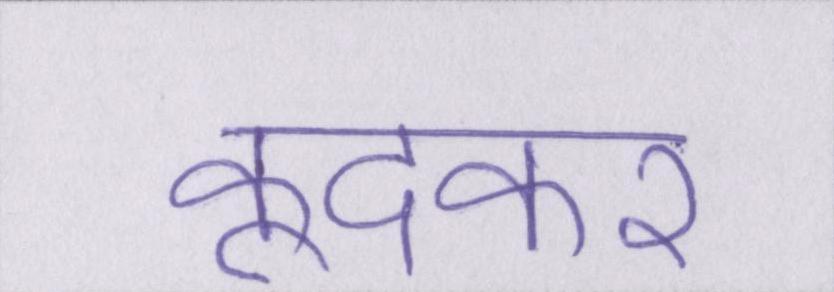
कूदकर